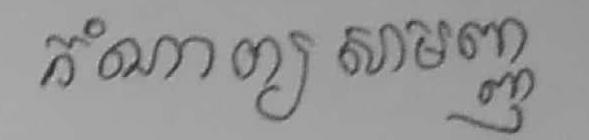
កំណាព្យសាមញ្ញ